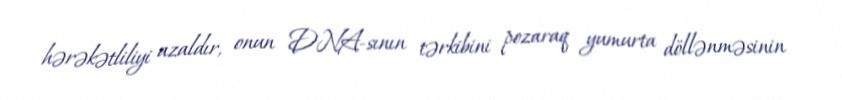
hərəkətliliyi azaldır, onun DNA-sının tərkibini pozaraq yumurta döllənməsinin